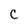
Character: C